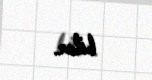
bilər.